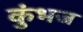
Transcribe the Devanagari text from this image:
कुंभज